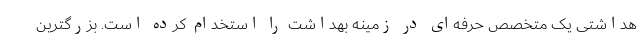
هداشتی یک متخصص حرفه‌ای در زمینه بهداشت را استخدام کرده است. بزرگترین